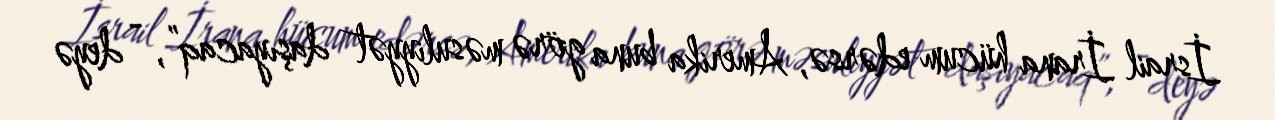
İsrail İrana hücum edərsə, Amerika buna görə məsuliyyət daşıyacaq”, - deyə